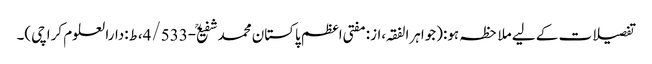
تفصیلات کے لیے ملاحظہ ہو:(جواہرالفقہ،از:مفتی اعظم پاکستان محمدشفیعؒ-4/533،ط:دارالعلوم کراچی)۔